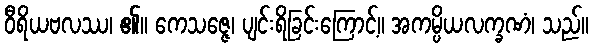
ဝီရိယဗလဿ၊ ၏။ ကေသဇ္ဇေ၊ ပျင်းရိခြင်းကြောင့်။ အကမ္ပိယလက္ခဏံ၊ သည်။